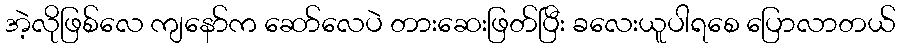
အဲ့လိုဖြစ်လေ ကျနော်က ဆော်လေပဲ တားဆေးဖြတ်ပြီး ခလေးယူပါရစေ ပြောလာတယ်